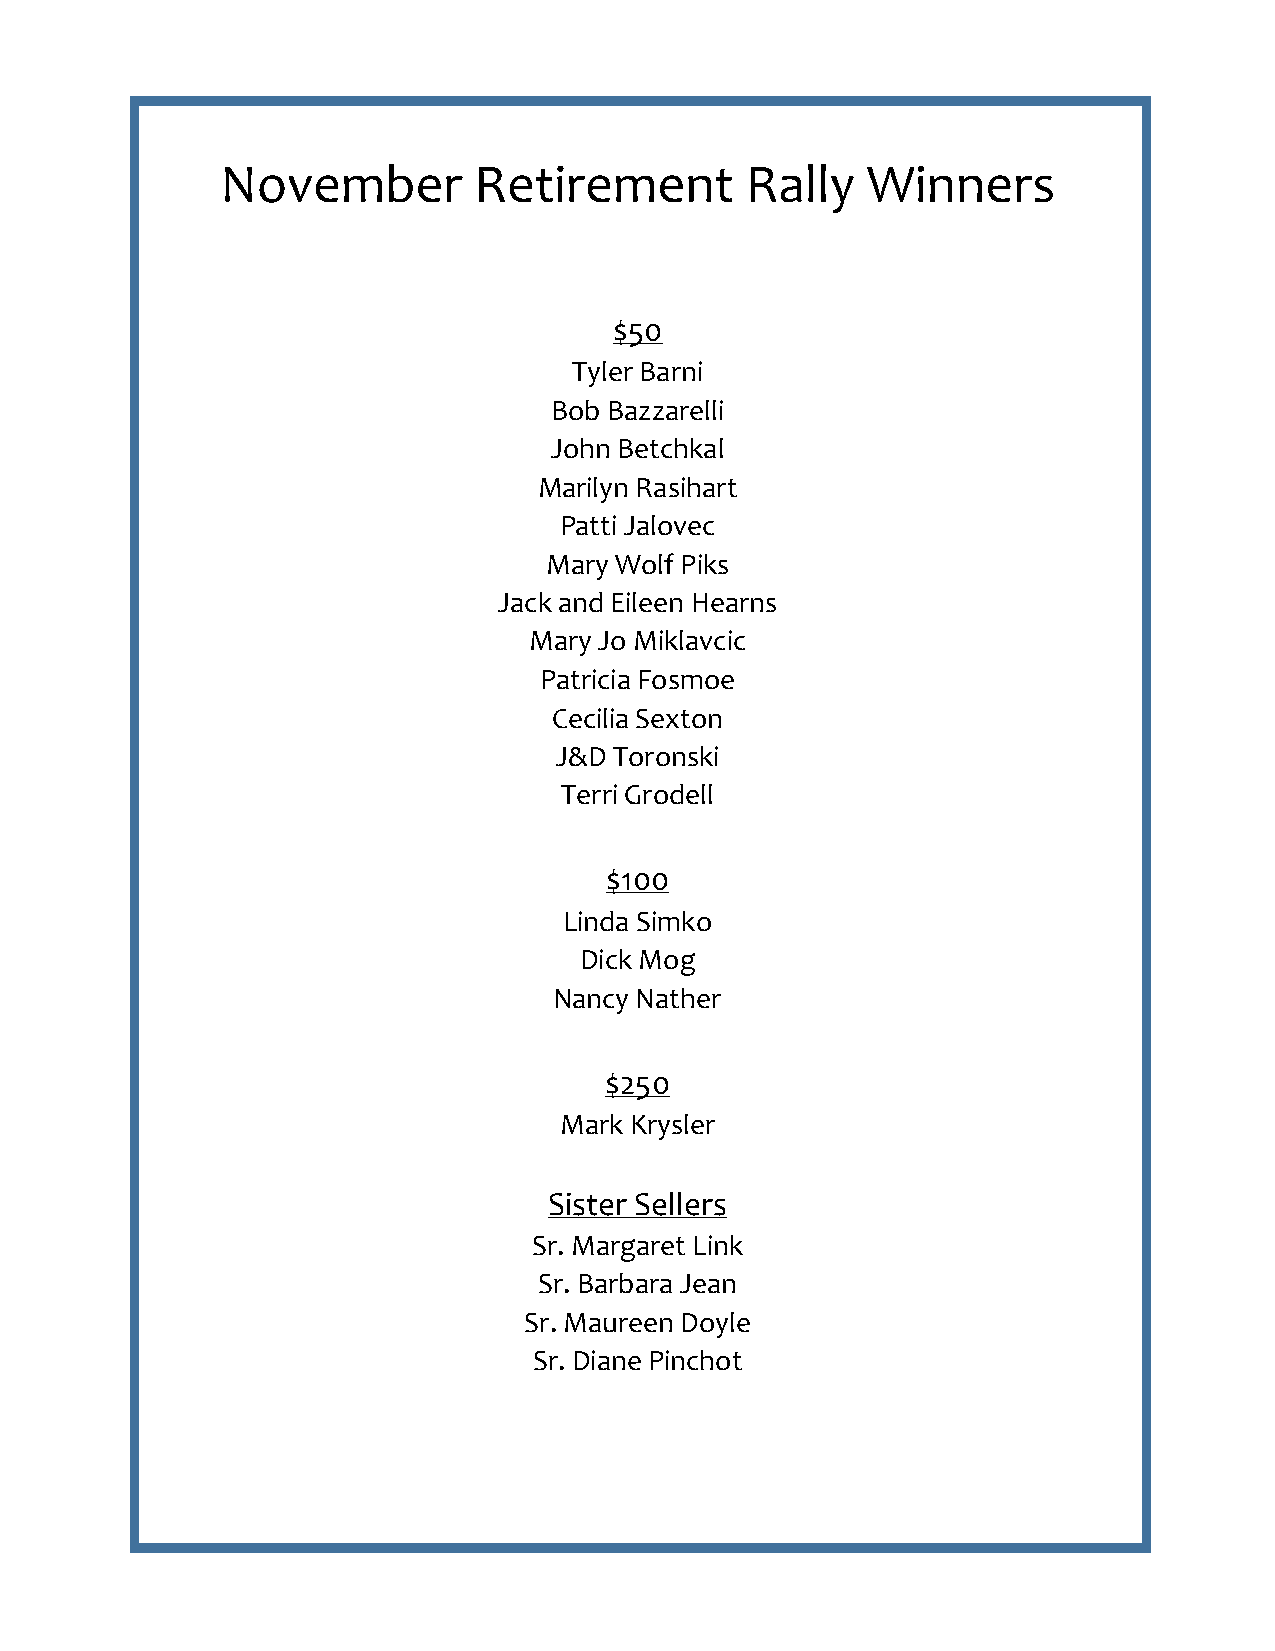
November        Retirement        Rally   Winners
 $50
 Tyler Barni
 Bob Bazzarelli
 John Betchkal
 Marilyn Rasihart
 Patti Jalovec
 Mary Wolf Piks
 Jack and Eileen Hearns
 Mary Jo Miklavcic
 Patricia Fosmoe
 Cecilia Sexton
 J&D Toronski
 Terri Grodell
 $100
 Linda Simko
 Dick Mog
 Nancy Nather
 $250
 Mark Krysler
 Sister Sellers
 Sr. Margaret Link
 Sr. Barbara Jean
 Sr. Maureen Doyle
 Sr. Diane Pinchot